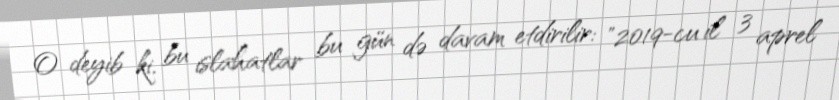
O deyib ki, bu islahatlar bu gün də davam etdirilir: "2019-cu il 3 aprel